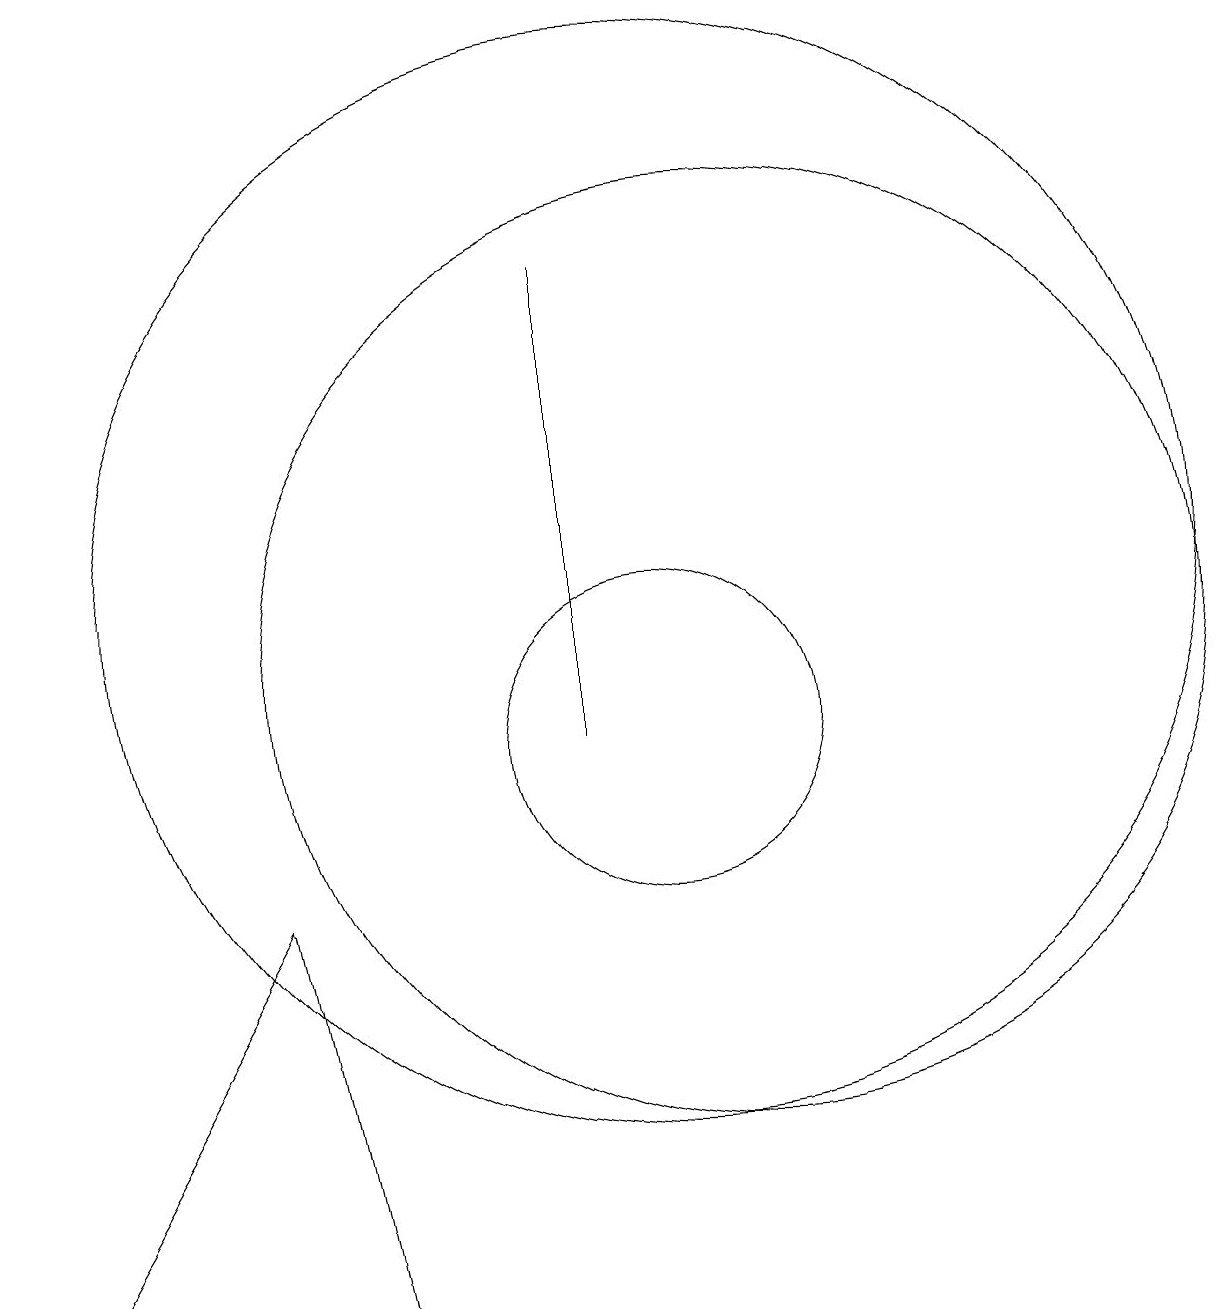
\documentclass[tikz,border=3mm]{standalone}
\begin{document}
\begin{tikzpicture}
\draw (10,12) circle (7);
\draw (10,10) circle (2);
\draw (2,3) -- (6,3) -- (5,8) -- cycle;
\draw (9,10) rectangle (9,16);
\draw (11,11) circle (6);
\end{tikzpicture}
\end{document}